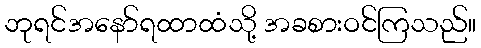
ဘုရင်အနော်ရထာထံသို့ အခစားဝင်ကြသည်။